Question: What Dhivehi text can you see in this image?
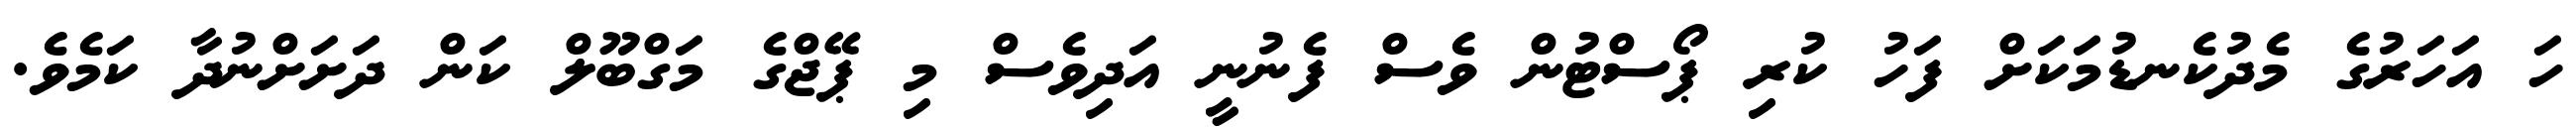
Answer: ހަ އަހަރުގެ މެދުކެނޑުމަކަށް ފަހު ކުރި ޕޯސްޓުން ވެސް ފެނުނީ އަދިވެސް މި ޕޭޖްގެ މަގްބޫލް ކަން ދަށަށްނުދާ ކަމެވެ.